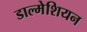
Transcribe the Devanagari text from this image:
डाल्मेशियन